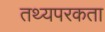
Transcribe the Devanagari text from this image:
तथ्यपरकता